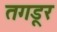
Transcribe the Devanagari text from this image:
तगडूर